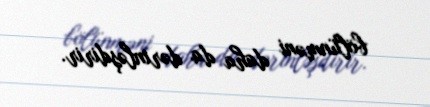
bölünməni daha da dərinləşdirir.